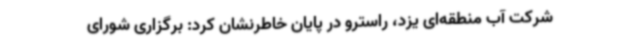
شرکت آب منطقه‌ای یزد، راسترو در پایان خاطرنشان کرد: برگزاری شورای